Civil Veterinary Department Bihar reports 1936-40 - 1936-1940
Year: 1936
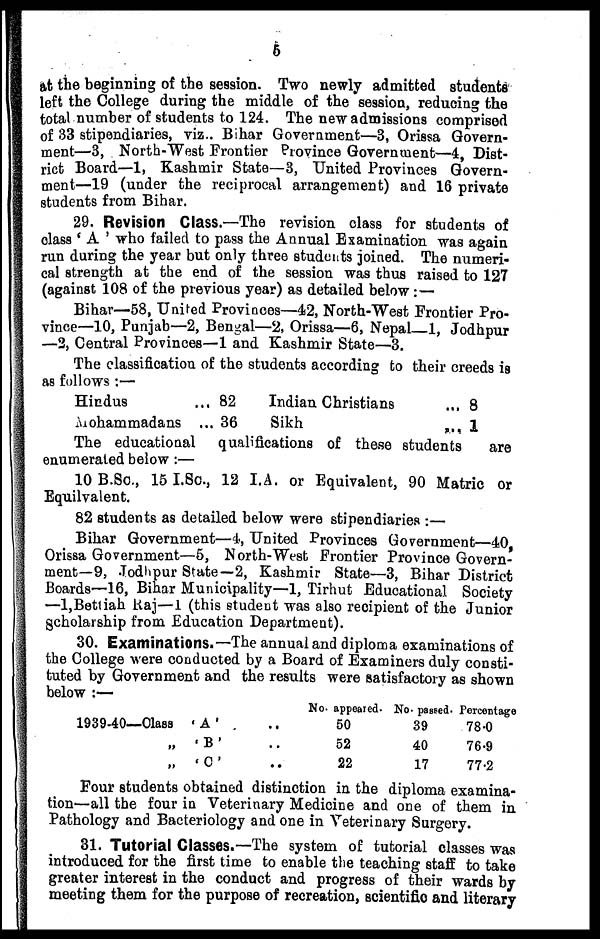
6
at the beginning of the session. Two newly admitted students
left the College during the middle of the session, reducing the
total number of students to 124. The new admissions comprised
of 33 stipendiaries, viz.. Bihar Government—3, Orissa Govern-
ment—3, North-West Frontier Province Government—4, Dist-
rict Board—1, Kashmir State—3, United Provinces Govern-
ment—19 (under the reciprocal arrangement) and 16 private
students from Bihar.
29. Revision Class.—The revision class for students of
class ' A ' who failed to pass the Annual Examination was again
run during the year but only three students joined. The numeri-
cal strength at the end of the session was thus raised to 127
(against 108 of the previous year) as detailed below : —
Bihar—58, United Provinces—42, North-West Frontier Pro-
vince—10, Punjab—2, Bengal—2 Orissa—6, Nepal—1, Jodhpur
—2, Central Provinces—1 and Kashmir State—3.
The classification of the students according to their creeds is
as follows :—
Hindus
Mohammadans
... 82
... 36
Indian Christians
Sikh
... 8
... 1
The educational qualifications of these students
are
enumerated below :—
10B.Sa, 15I.80, 12 IA. or Equivalent, 90 Matric or
Equilvalent.
82 students as detailed below were stipendiaries :—
Bihar Government—4, United Provinces Government—40
Orissa Government—5, North-West Frontier Province Govern-
ment—9, Jodhpur State—2, Kashmir State—3, Bihar District
Boards—16, Bihar Municipality—1, Tirhut Educational Society
—l,Bettiah Raj—1 (this student was also recipient of the Junior
Scholarship from Education Department).
30. Examinations.—The annual and diploma examinations of
the College were conducted by a Board of Examiners duly consti-
tuted by Government and the results were satisfactory as shown
below :—
193940—Class ' A '
„
'B'
„
'C'
..
..
..
No. appeared.
50
52
22
No. passed.
39
40
17
Percentage
78.0
76.9
77.2
Four students obtained distinction in the diploma examina-
tion—all the four in Veterinary Medicine and one of them in
Pathology and Bacteriology and one in Veterinary Surgery.
31. Tutorial Classes.—The system of tutorial classes was
introduced for the first time to enable
teaching staff to take
greater interest in the conduct and progress of their wards by
meeting them for the purpose of recreation, scientific and literary